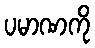
ပမာဏကို